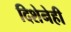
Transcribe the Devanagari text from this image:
दिशेनेही